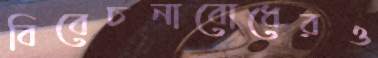
বিবেচনাবোধেরও